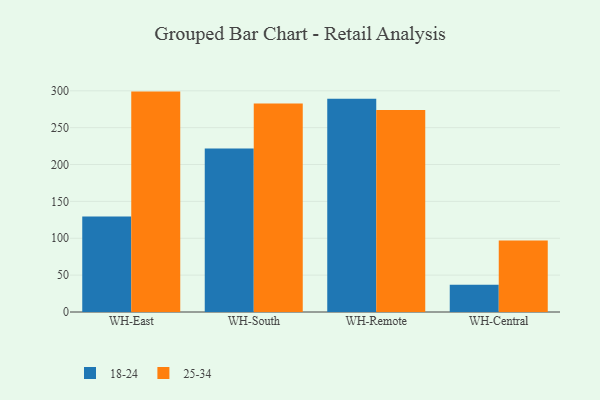
{"axis": {"x": "Warehouse", "y": "Humidity (%)"}, "legend": ["18-24", "25-34"], "data": [{"x": "WH-East", "y": 129.4, "type": "18-24"}, {"x": "WH-East", "y": 298.9, "type": "25-34"}, {"x": "WH-South", "y": 221.7, "type": "18-24"}, {"x": "WH-South", "y": 282.8, "type": "25-34"}, {"x": "WH-Remote", "y": 289.3, "type": "18-24"}, {"x": "WH-Remote", "y": 273.9, "type": "25-34"}, {"x": "WH-Central", "y": 37.0, "type": "18-24"}, {"x": "WH-Central", "y": 96.9, "type": "25-34"}]}